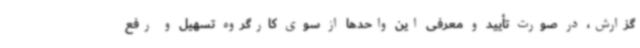
گزارش، در صورت تأیید و معرفی این واحدها از سوی کارگروه تسهیل و رفع